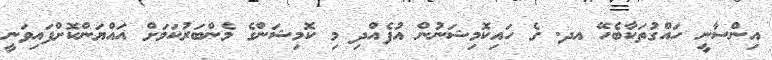
އިންސާނީ ހައްގުތަކާބެހޭ އދ. ގެ ހައިކޮމިޝަނުން އުފެއްދި މި ކޮމިޝަންގެ މެންބަރުކަމަށް އައްޔަންކޮށްފައިވަނީ